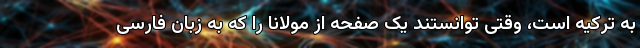
به ترکیه است، وقتی توانستند یک صفحه از مولانا را که به زبان فارسی